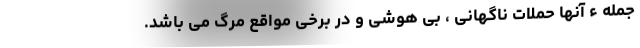
جمله ء آنها حملات ناگهانی ، بی هوشی و در برخی مواقع مرگ می باشد.